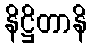
နိဋ္ဌိတာနိ